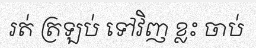
រត់ ត្រឡប់ ទៅវិញ ខ្លះ ចាប់